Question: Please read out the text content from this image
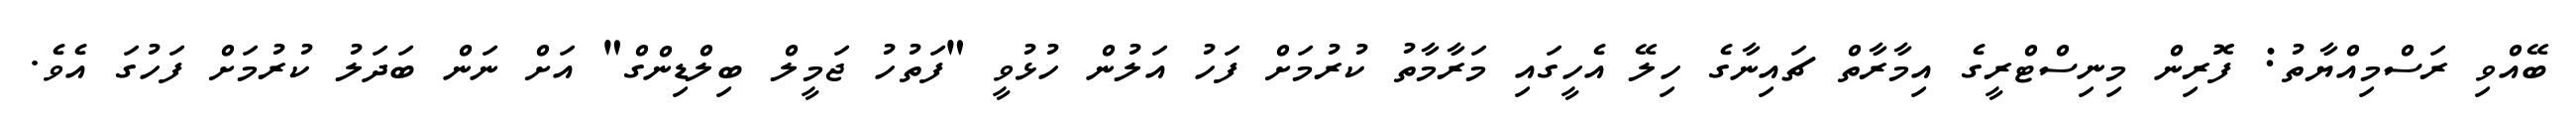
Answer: ބޭއްވި ރަސްމިއްޔާތު: ފޮރިން މިނިސްޓްރީގެ އިމާރާތް ޗައިނާގެ ހިލޭ އެހީގައި މަރާމާތު ކުރުމަށް ފަހު އަލުން ހުޅުވީ "ފަތުހު ޖަމީލް ބިލްޑިންގް" އަށް ނަން ބަދަލު ކުރުމަށް ފަހުގަ އެވެ.